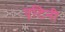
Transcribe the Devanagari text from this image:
एटिनी